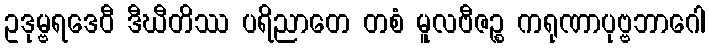
ဥဒုမ္ဗရဒေဝီ ဒီဃီတိဿ ပရိညာတေ တစံ မူလဗီဇဉ္စ ကရုဏာပုဗ္ဗဘာဂေါ